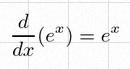
\frac{d}{dx}(e^x)=e^x